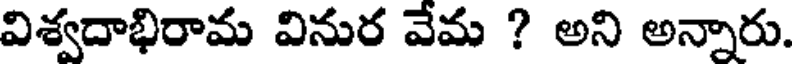
విశ్వదాభిరామ వినుర వేమ ? అని అన్నారు.